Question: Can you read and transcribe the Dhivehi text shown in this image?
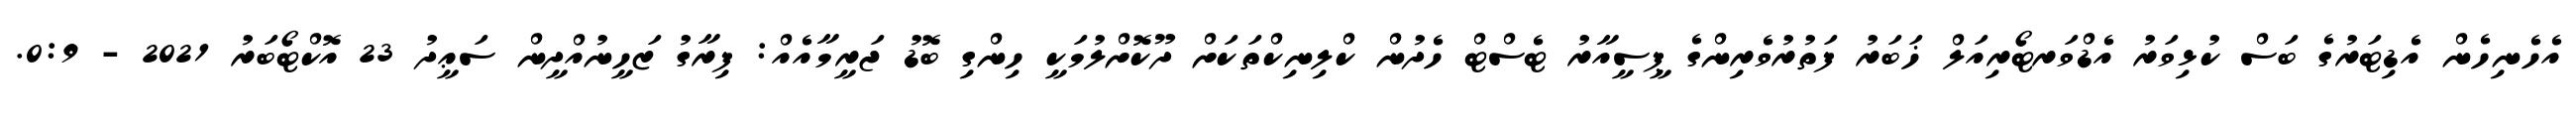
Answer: އެހެނިހެން އެޑިޓަރުގެ ބަސް ކުޅިވަރު އެޑްވަރޓޯރިއަލް ޚަބަރު ފަތުރުވެރިންގެ ޕީސީއާރު ޓެސްޓް ހެދުން ކްލިނިކްތަކަށް ދޫކޮށްލުމަކީ ހިންގި ބޮޑު ޖަރީމާއެއް: ފިރާގު ޒަހީނުއްދީން ސަޢީދު 23 އޮކްޓޯބަރު 2021 - 0:9.